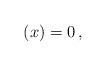
LaTeX: \begin{align*}(x)=0\,,\,\,\,\,\,\end{align*}